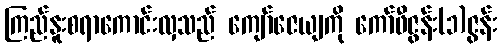
ကြည်နူးစရာကောင်းလှသည် ကျော်ဇေယျကို ကော်ဖီဇွန်း(၁)ဇွန်း